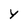
Character: y